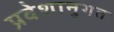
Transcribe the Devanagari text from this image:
प्रवेशानुगत